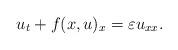
LaTeX: \begin{align*} u_t + f(x,u)_x = \varepsilon u_{xx}. \end{align*}